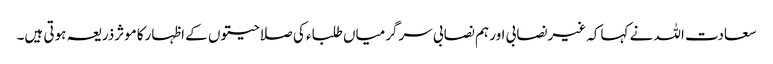
سعادت اللہ نے کہاکہ غیرنصابی اور ہم نصابی سرگرمیاں طلباء کی صلاحیتوں کے اظہارکاموثرذریعہ ہوتی ہیں۔